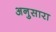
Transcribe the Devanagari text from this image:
अनुसारा